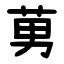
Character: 莮